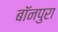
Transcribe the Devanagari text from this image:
बॉनपुरा